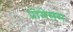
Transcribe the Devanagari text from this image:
प्रोसेसस